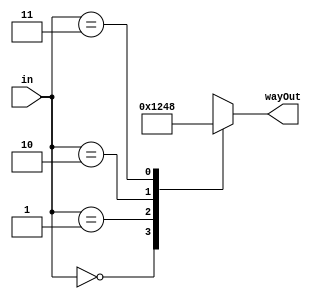
module decoder2to4(input [1:0] in,output reg [3:0] wayOut);
  always@(in)
  case(in)
    2'b00: wayOut=4'b0001;
    2'b01: wayOut=4'b0010;
    2'b10: wayOut=4'b0100;
    2'b11: wayOut=4'b1000;
  endcase
endmodule